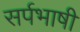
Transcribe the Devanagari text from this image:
सर्पभाषी